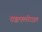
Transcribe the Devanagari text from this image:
पञ्चफ्लोराइड